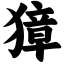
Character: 獐